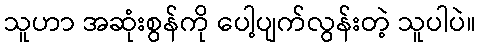
သူဟာ အဆုံးစွန်ကို ပေါ့ပျက်လွန်းတဲ့ သူပါပဲ။